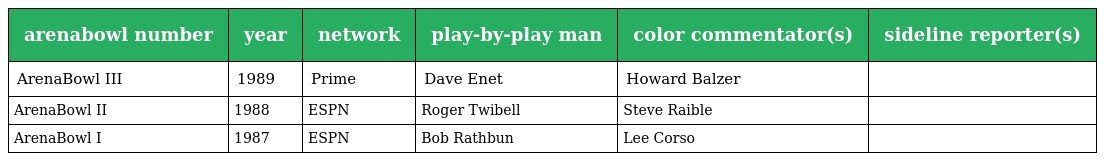
| arenabowl number | year | network | play-by-play man | color commentator(s) | sideline reporter(s) |
 | --- | --- | --- | --- | --- | --- |
 | ArenaBowl III | 1989 | Prime | Dave Enet | Howard Balzer |  |
 | ArenaBowl II | 1988 | ESPN | Roger Twibell | Steve Raible |  |
 | ArenaBowl I | 1987 | ESPN | Bob Rathbun | Lee Corso |  |